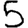
Digit: 5